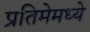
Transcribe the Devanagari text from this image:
प्रतिमेमध्ये